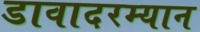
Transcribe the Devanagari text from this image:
डावादरम्यान